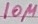
Text: 10µ